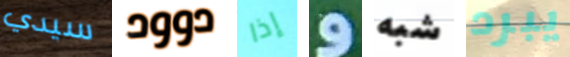
سيدي دوود إذا و شبه يبرد